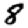
Digit: 8